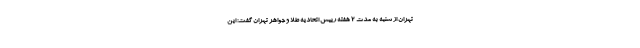
تهران از شنبه به مدت 2 هفته رییس اتحادیه طلا و جواهر تهران گفت: این